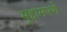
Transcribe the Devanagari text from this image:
मुद्दामपणे